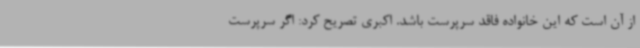
از آن است که این خانواده فاقد سرپرست باشد. اکبری تصریح کرد: اگر سرپرست